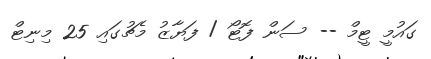
ގައުމީ ޓީމް -- ސަން ފޮޓޯ / ފަޔާޒު މެޗުގައި 25 މިނިޓް